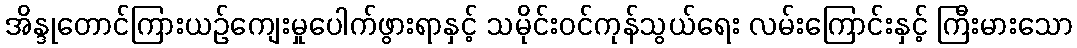
အိန္ဒုတောင်ကြားယဉ်ကျေးမှုပေါက်ဖွားရာနှင့် သမိုင်းဝင်ကုန်သွယ်ရေး လမ်းကြောင်းနှင့် ကြီးမားသော